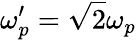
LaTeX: \omega_{p}^{\prime}=\sqrt{2}\omega_{p}